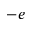
- e